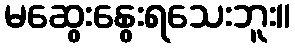
မဆွေးနွေးရသေးဘူး။